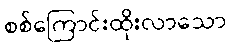
စစ်ကြောင်းထိုးလာသော